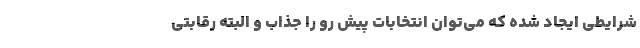
شرایطی ایجاد شده که می‌توان انتخابات پیش رو را جذاب و البته رقابتی